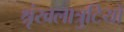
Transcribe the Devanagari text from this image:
श्रृंखलात्रुटियों